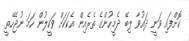
ކޮށްފައި ވަނީ ދައުވާ ލިބޭ ދެމީހުންގެ ތެރެއިން އެކަކަށް ވަކީލުން ހަމަ ނުޖެހޭތީ